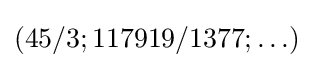
(45/3;117919/1377;\ldots )